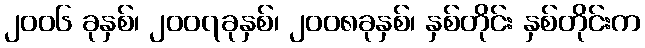
၂၀၀၆ ခုနှစ်၊ ၂၀၀၇ခုနှစ်၊ ၂၀၀၈ခုနှစ်၊ နှစ်တိုင်း နှစ်တိုင်းက